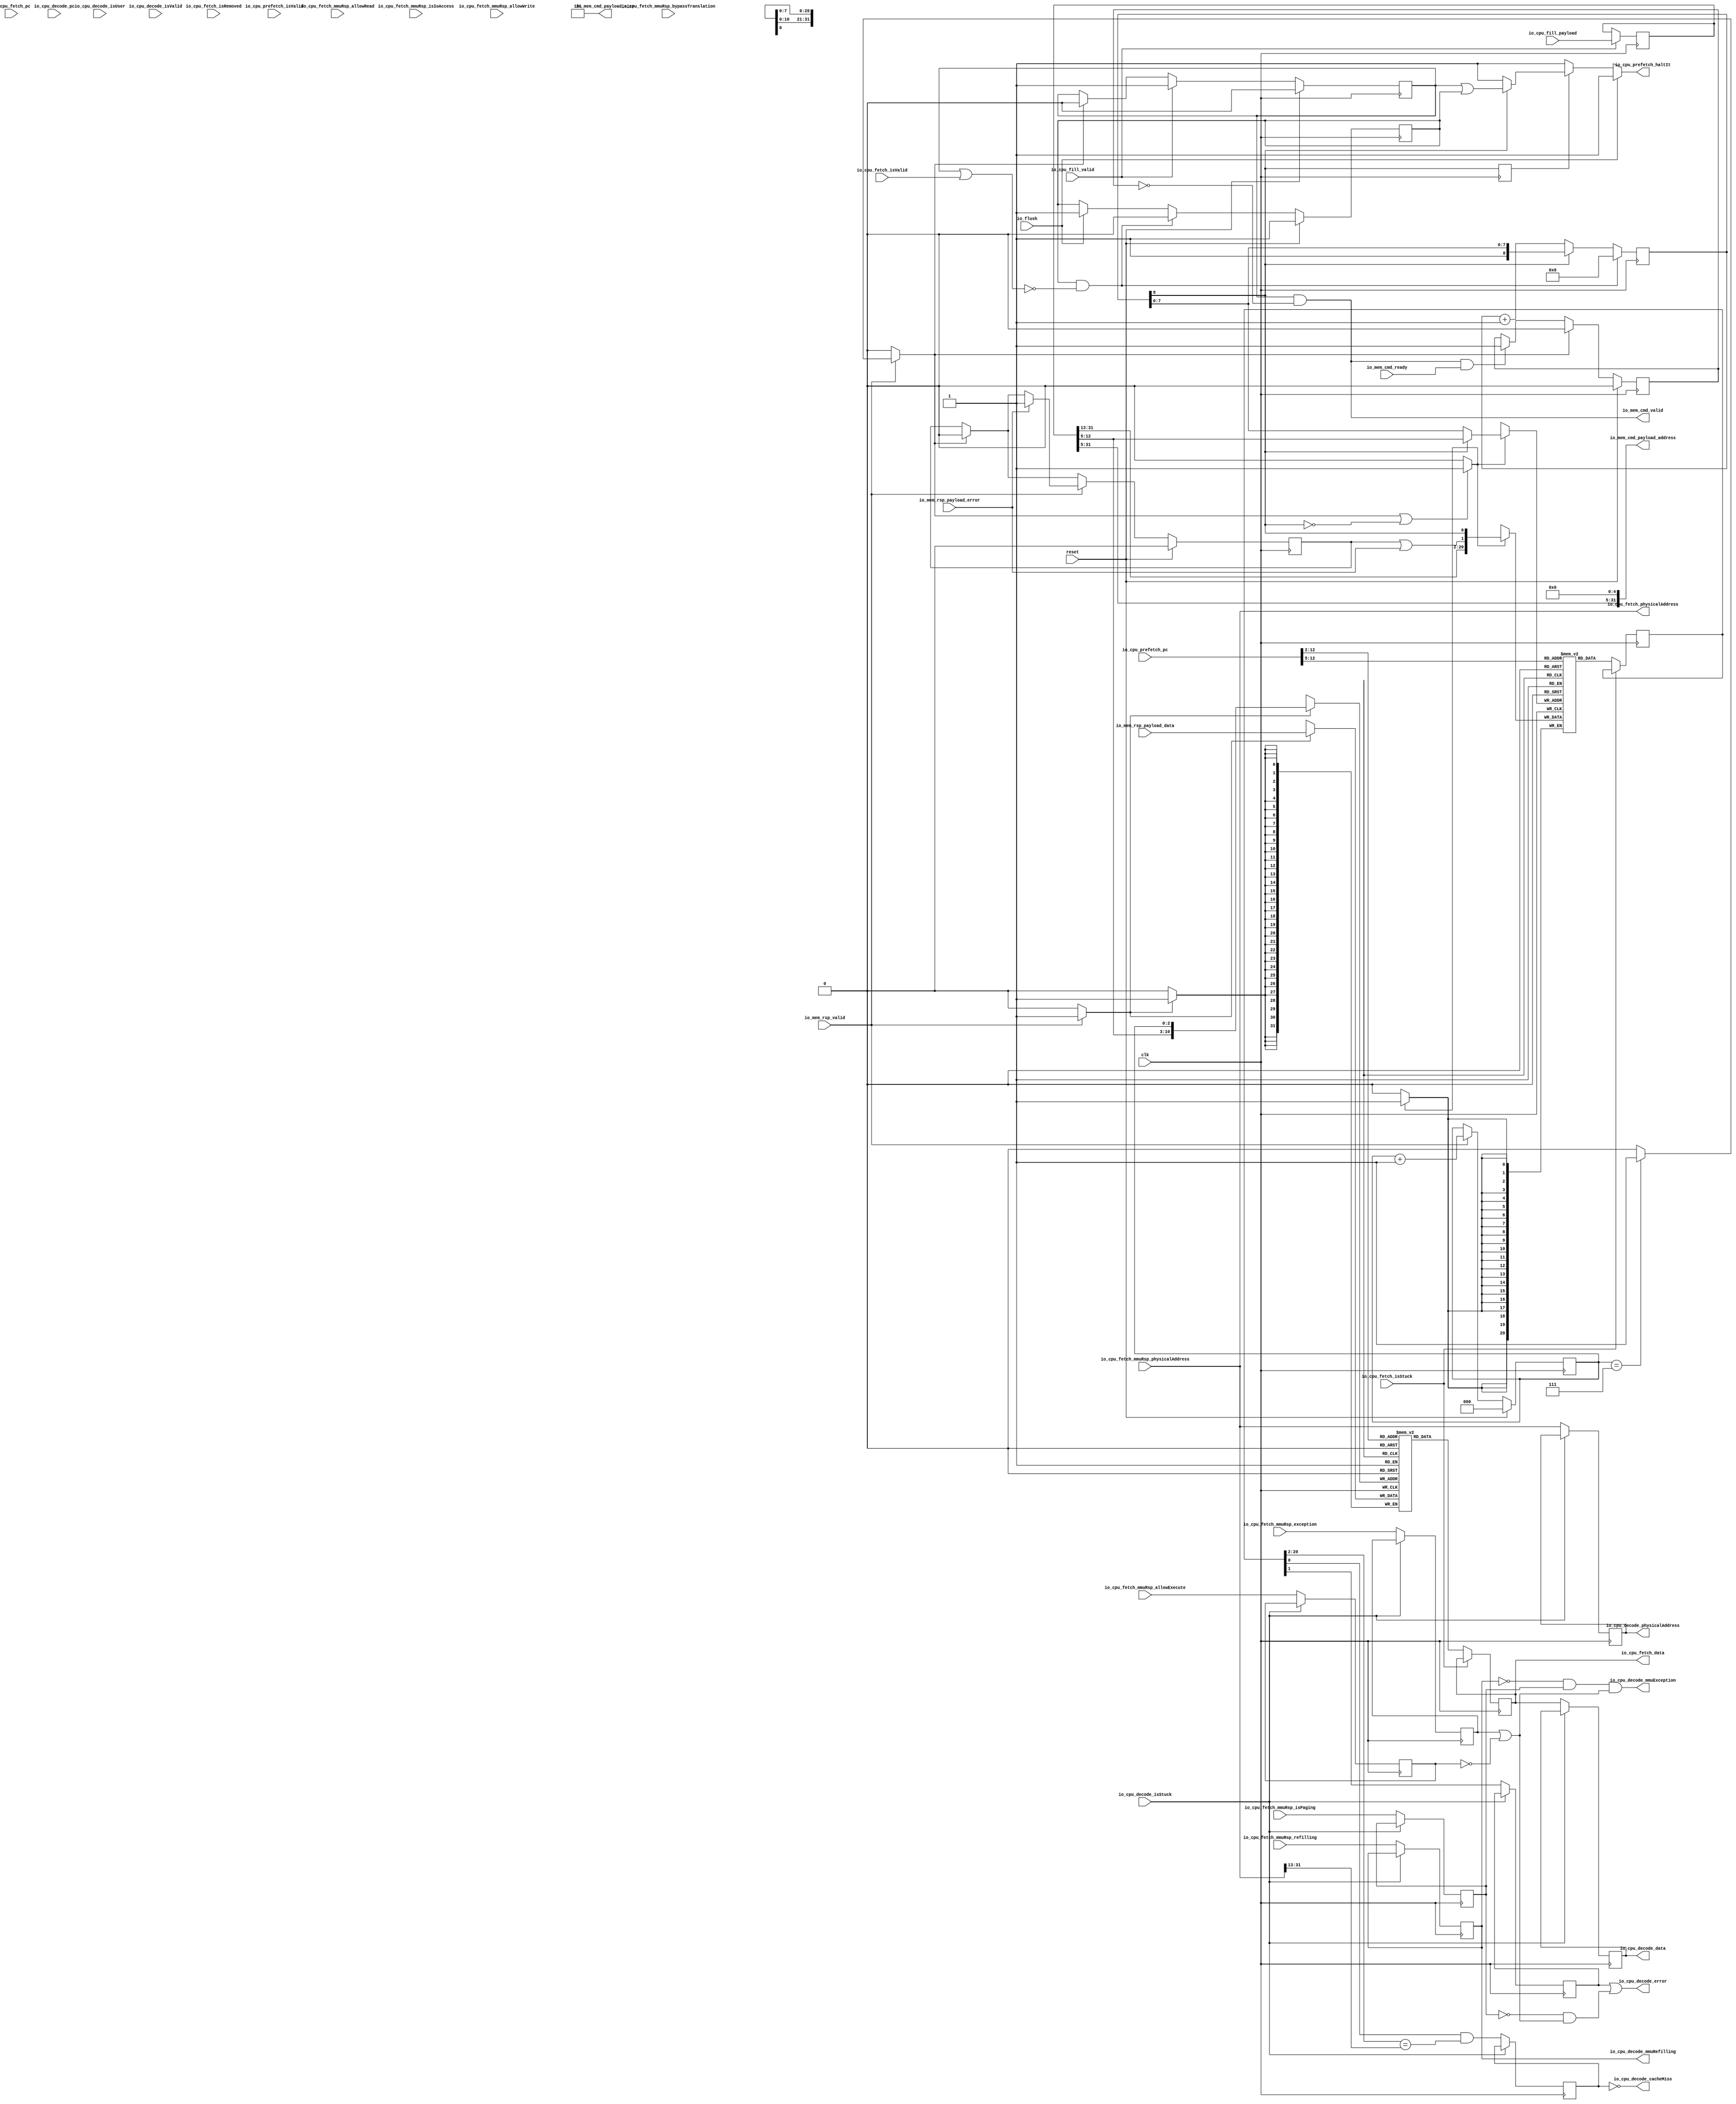
module InstructionCache (
  input               io_flush,
  input               io_cpu_prefetch_isValid,
  output reg          io_cpu_prefetch_haltIt,
  input      [31:0]   io_cpu_prefetch_pc,
  input               io_cpu_fetch_isValid,
  input               io_cpu_fetch_isStuck,
  input               io_cpu_fetch_isRemoved,
  input      [31:0]   io_cpu_fetch_pc,
  output     [31:0]   io_cpu_fetch_data,
  input      [31:0]   io_cpu_fetch_mmuRsp_physicalAddress,
  input               io_cpu_fetch_mmuRsp_isIoAccess,
  input               io_cpu_fetch_mmuRsp_isPaging,
  input               io_cpu_fetch_mmuRsp_allowRead,
  input               io_cpu_fetch_mmuRsp_allowWrite,
  input               io_cpu_fetch_mmuRsp_allowExecute,
  input               io_cpu_fetch_mmuRsp_exception,
  input               io_cpu_fetch_mmuRsp_refilling,
  input               io_cpu_fetch_mmuRsp_bypassTranslation,
  output     [31:0]   io_cpu_fetch_physicalAddress,
  input               io_cpu_decode_isValid,
  input               io_cpu_decode_isStuck,
  input      [31:0]   io_cpu_decode_pc,
  output     [31:0]   io_cpu_decode_physicalAddress,
  output     [31:0]   io_cpu_decode_data,
  output              io_cpu_decode_cacheMiss,
  output              io_cpu_decode_error,
  output              io_cpu_decode_mmuRefilling,
  output              io_cpu_decode_mmuException,
  input               io_cpu_decode_isUser,
  input               io_cpu_fill_valid,
  input      [31:0]   io_cpu_fill_payload,
  output              io_mem_cmd_valid,
  input               io_mem_cmd_ready,
  output     [31:0]   io_mem_cmd_payload_address,
  output     [2:0]    io_mem_cmd_payload_size,
  input               io_mem_rsp_valid,
  input      [31:0]   io_mem_rsp_payload_data,
  input               io_mem_rsp_payload_error,
  input               clk,
  input               reset
);
  reg        [31:0]   _zz_banks_0_port1;
  reg        [20:0]   _zz_ways_0_tags_port1;
  wire       [20:0]   _zz_ways_0_tags_port;
  reg                 _zz_1;
  reg                 _zz_2;
  reg                 lineLoader_fire;
  reg                 lineLoader_valid;
  (* keep , syn_keep *) reg        [31:0]   lineLoader_address /* synthesis syn_keep = 1 */ ;
  reg                 lineLoader_hadError;
  reg                 lineLoader_flushPending;
  reg        [8:0]    lineLoader_flushCounter;
  wire                when_InstructionCache_l338;
  reg                 _zz_when_InstructionCache_l342;
  wire                when_InstructionCache_l342;
  wire                when_InstructionCache_l351;
  reg                 lineLoader_cmdSent;
  wire                io_mem_cmd_fire;
  wire                when_Utils_l357;
  reg                 lineLoader_wayToAllocate_willIncrement;
  wire                lineLoader_wayToAllocate_willClear;
  wire                lineLoader_wayToAllocate_willOverflowIfInc;
  wire                lineLoader_wayToAllocate_willOverflow;
  (* keep , syn_keep *) reg        [2:0]    lineLoader_wordIndex /* synthesis syn_keep = 1 */ ;
  wire                lineLoader_write_tag_0_valid;
  wire       [7:0]    lineLoader_write_tag_0_payload_address;
  wire                lineLoader_write_tag_0_payload_data_valid;
  wire                lineLoader_write_tag_0_payload_data_error;
  wire       [18:0]   lineLoader_write_tag_0_payload_data_address;
  wire                lineLoader_write_data_0_valid;
  wire       [10:0]   lineLoader_write_data_0_payload_address;
  wire       [31:0]   lineLoader_write_data_0_payload_data;
  wire                when_InstructionCache_l401;
  wire       [10:0]   _zz_fetchStage_read_banksValue_0_dataMem;
  wire                _zz_fetchStage_read_banksValue_0_dataMem_1;
  wire       [31:0]   fetchStage_read_banksValue_0_dataMem;
  wire       [31:0]   fetchStage_read_banksValue_0_data;
  wire       [7:0]    _zz_fetchStage_read_waysValues_0_tag_valid;
  wire                _zz_fetchStage_read_waysValues_0_tag_valid_1;
  wire                fetchStage_read_waysValues_0_tag_valid;
  wire                fetchStage_read_waysValues_0_tag_error;
  wire       [18:0]   fetchStage_read_waysValues_0_tag_address;
  wire       [20:0]   _zz_fetchStage_read_waysValues_0_tag_valid_2;
  wire                fetchStage_hit_hits_0;
  wire                fetchStage_hit_valid;
  wire                fetchStage_hit_error;
  wire       [31:0]   fetchStage_hit_data;
  wire       [31:0]   fetchStage_hit_word;
  wire                when_InstructionCache_l435;
  reg        [31:0]   io_cpu_fetch_data_regNextWhen;
  wire                when_InstructionCache_l459;
  reg        [31:0]   decodeStage_mmuRsp_physicalAddress;
  reg                 decodeStage_mmuRsp_isIoAccess;
  reg                 decodeStage_mmuRsp_isPaging;
  reg                 decodeStage_mmuRsp_allowRead;
  reg                 decodeStage_mmuRsp_allowWrite;
  reg                 decodeStage_mmuRsp_allowExecute;
  reg                 decodeStage_mmuRsp_exception;
  reg                 decodeStage_mmuRsp_refilling;
  reg                 decodeStage_mmuRsp_bypassTranslation;
  wire                when_InstructionCache_l459_1;
  reg                 decodeStage_hit_valid;
  wire                when_InstructionCache_l459_2;
  reg                 decodeStage_hit_error;
  (* ram_style = "block" *) reg [31:0] banks_0 [0:2047];
  (* ram_style = "block" *) reg [20:0] ways_0_tags [0:255];
  assign _zz_ways_0_tags_port = {lineLoader_write_tag_0_payload_data_address,{lineLoader_write_tag_0_payload_data_error,lineLoader_write_tag_0_payload_data_valid}};
  always @(posedge clk) begin
    if(_zz_1) begin
      banks_0[lineLoader_write_data_0_payload_address] <= lineLoader_write_data_0_payload_data;
    end
  end
  always @(posedge clk) begin
    if(_zz_fetchStage_read_banksValue_0_dataMem_1) begin
      _zz_banks_0_port1 <= banks_0[_zz_fetchStage_read_banksValue_0_dataMem];
    end
  end
  always @(posedge clk) begin
    if(_zz_2) begin
      ways_0_tags[lineLoader_write_tag_0_payload_address] <= _zz_ways_0_tags_port;
    end
  end
  always @(posedge clk) begin
    if(_zz_fetchStage_read_waysValues_0_tag_valid_1) begin
      _zz_ways_0_tags_port1 <= ways_0_tags[_zz_fetchStage_read_waysValues_0_tag_valid];
    end
  end
  always @(*) begin
    _zz_1 = 1'b0;
    if(lineLoader_write_data_0_valid) begin
      _zz_1 = 1'b1;
    end
  end
  always @(*) begin
    _zz_2 = 1'b0;
    if(lineLoader_write_tag_0_valid) begin
      _zz_2 = 1'b1;
    end
  end
  always @(*) begin
    lineLoader_fire = 1'b0;
    if(io_mem_rsp_valid) begin
      if(when_InstructionCache_l401) begin
        lineLoader_fire = 1'b1;
      end
    end
  end
  always @(*) begin
    io_cpu_prefetch_haltIt = (lineLoader_valid || lineLoader_flushPending);
    if(when_InstructionCache_l338) begin
      io_cpu_prefetch_haltIt = 1'b1;
    end
    if(when_InstructionCache_l342) begin
      io_cpu_prefetch_haltIt = 1'b1;
    end
    if(io_flush) begin
      io_cpu_prefetch_haltIt = 1'b1;
    end
  end
  assign when_InstructionCache_l338 = (! lineLoader_flushCounter[8]);
  assign when_InstructionCache_l342 = (! _zz_when_InstructionCache_l342);
  assign when_InstructionCache_l351 = (lineLoader_flushPending && (! (lineLoader_valid || io_cpu_fetch_isValid)));
  assign io_mem_cmd_fire = (io_mem_cmd_valid && io_mem_cmd_ready);
  assign io_mem_cmd_valid = (lineLoader_valid && (! lineLoader_cmdSent));
  assign io_mem_cmd_payload_address = {lineLoader_address[31 : 5],5'h0};
  assign io_mem_cmd_payload_size = 3'b101;
  assign when_Utils_l357 = (! lineLoader_valid);
  always @(*) begin
    lineLoader_wayToAllocate_willIncrement = 1'b0;
    if(when_Utils_l357) begin
      lineLoader_wayToAllocate_willIncrement = 1'b1;
    end
  end
  assign lineLoader_wayToAllocate_willClear = 1'b0;
  assign lineLoader_wayToAllocate_willOverflowIfInc = 1'b1;
  assign lineLoader_wayToAllocate_willOverflow = (lineLoader_wayToAllocate_willOverflowIfInc && lineLoader_wayToAllocate_willIncrement);
  assign lineLoader_write_tag_0_valid = ((1'b1 && lineLoader_fire) || (! lineLoader_flushCounter[8]));
  assign lineLoader_write_tag_0_payload_address = (lineLoader_flushCounter[8] ? lineLoader_address[12 : 5] : lineLoader_flushCounter[7 : 0]);
  assign lineLoader_write_tag_0_payload_data_valid = lineLoader_flushCounter[8];
  assign lineLoader_write_tag_0_payload_data_error = (lineLoader_hadError || io_mem_rsp_payload_error);
  assign lineLoader_write_tag_0_payload_data_address = lineLoader_address[31 : 13];
  assign lineLoader_write_data_0_valid = (io_mem_rsp_valid && 1'b1);
  assign lineLoader_write_data_0_payload_address = {lineLoader_address[12 : 5],lineLoader_wordIndex};
  assign lineLoader_write_data_0_payload_data = io_mem_rsp_payload_data;
  assign when_InstructionCache_l401 = (lineLoader_wordIndex == 3'b111);
  assign _zz_fetchStage_read_banksValue_0_dataMem = io_cpu_prefetch_pc[12 : 2];
  assign _zz_fetchStage_read_banksValue_0_dataMem_1 = (! io_cpu_fetch_isStuck);
  assign fetchStage_read_banksValue_0_dataMem = _zz_banks_0_port1;
  assign fetchStage_read_banksValue_0_data = fetchStage_read_banksValue_0_dataMem[31 : 0];
  assign _zz_fetchStage_read_waysValues_0_tag_valid = io_cpu_prefetch_pc[12 : 5];
  assign _zz_fetchStage_read_waysValues_0_tag_valid_1 = (! io_cpu_fetch_isStuck);
  assign _zz_fetchStage_read_waysValues_0_tag_valid_2 = _zz_ways_0_tags_port1;
  assign fetchStage_read_waysValues_0_tag_valid = _zz_fetchStage_read_waysValues_0_tag_valid_2[0];
  assign fetchStage_read_waysValues_0_tag_error = _zz_fetchStage_read_waysValues_0_tag_valid_2[1];
  assign fetchStage_read_waysValues_0_tag_address = _zz_fetchStage_read_waysValues_0_tag_valid_2[20 : 2];
  assign fetchStage_hit_hits_0 = (fetchStage_read_waysValues_0_tag_valid && (fetchStage_read_waysValues_0_tag_address == io_cpu_fetch_mmuRsp_physicalAddress[31 : 13]));
  assign fetchStage_hit_valid = (fetchStage_hit_hits_0 != 1'b0);
  assign fetchStage_hit_error = fetchStage_read_waysValues_0_tag_error;
  assign fetchStage_hit_data = fetchStage_read_banksValue_0_data;
  assign fetchStage_hit_word = fetchStage_hit_data;
  assign io_cpu_fetch_data = fetchStage_hit_word;
  assign when_InstructionCache_l435 = (! io_cpu_decode_isStuck);
  assign io_cpu_decode_data = io_cpu_fetch_data_regNextWhen;
  assign io_cpu_fetch_physicalAddress = io_cpu_fetch_mmuRsp_physicalAddress;
  assign when_InstructionCache_l459 = (! io_cpu_decode_isStuck);
  assign when_InstructionCache_l459_1 = (! io_cpu_decode_isStuck);
  assign when_InstructionCache_l459_2 = (! io_cpu_decode_isStuck);
  assign io_cpu_decode_cacheMiss = (! decodeStage_hit_valid);
  assign io_cpu_decode_error = (decodeStage_hit_error || ((! decodeStage_mmuRsp_isPaging) && (decodeStage_mmuRsp_exception || (! decodeStage_mmuRsp_allowExecute))));
  assign io_cpu_decode_mmuRefilling = decodeStage_mmuRsp_refilling;
  assign io_cpu_decode_mmuException = (((! decodeStage_mmuRsp_refilling) && decodeStage_mmuRsp_isPaging) && (decodeStage_mmuRsp_exception || (! decodeStage_mmuRsp_allowExecute)));
  assign io_cpu_decode_physicalAddress = decodeStage_mmuRsp_physicalAddress;
  always @(posedge clk) begin
    if(reset) begin
      lineLoader_valid <= 1'b0;
      lineLoader_hadError <= 1'b0;
      lineLoader_flushPending <= 1'b1;
      lineLoader_cmdSent <= 1'b0;
      lineLoader_wordIndex <= 3'b000;
    end else begin
      if(lineLoader_fire) begin
        lineLoader_valid <= 1'b0;
      end
      if(lineLoader_fire) begin
        lineLoader_hadError <= 1'b0;
      end
      if(io_cpu_fill_valid) begin
        lineLoader_valid <= 1'b1;
      end
      if(io_flush) begin
        lineLoader_flushPending <= 1'b1;
      end
      if(when_InstructionCache_l351) begin
        lineLoader_flushPending <= 1'b0;
      end
      if(io_mem_cmd_fire) begin
        lineLoader_cmdSent <= 1'b1;
      end
      if(lineLoader_fire) begin
        lineLoader_cmdSent <= 1'b0;
      end
      if(io_mem_rsp_valid) begin
        lineLoader_wordIndex <= (lineLoader_wordIndex + 3'b001);
        if(io_mem_rsp_payload_error) begin
          lineLoader_hadError <= 1'b1;
        end
      end
    end
  end
  always @(posedge clk) begin
    if(io_cpu_fill_valid) begin
      lineLoader_address <= io_cpu_fill_payload;
    end
    if(when_InstructionCache_l338) begin
      lineLoader_flushCounter <= (lineLoader_flushCounter + 9'h001);
    end
    _zz_when_InstructionCache_l342 <= lineLoader_flushCounter[8];
    if(when_InstructionCache_l351) begin
      lineLoader_flushCounter <= 9'h0;
    end
    if(when_InstructionCache_l435) begin
      io_cpu_fetch_data_regNextWhen <= io_cpu_fetch_data;
    end
    if(when_InstructionCache_l459) begin
      decodeStage_mmuRsp_physicalAddress <= io_cpu_fetch_mmuRsp_physicalAddress;
      decodeStage_mmuRsp_isIoAccess <= io_cpu_fetch_mmuRsp_isIoAccess;
      decodeStage_mmuRsp_isPaging <= io_cpu_fetch_mmuRsp_isPaging;
      decodeStage_mmuRsp_allowRead <= io_cpu_fetch_mmuRsp_allowRead;
      decodeStage_mmuRsp_allowWrite <= io_cpu_fetch_mmuRsp_allowWrite;
      decodeStage_mmuRsp_allowExecute <= io_cpu_fetch_mmuRsp_allowExecute;
      decodeStage_mmuRsp_exception <= io_cpu_fetch_mmuRsp_exception;
      decodeStage_mmuRsp_refilling <= io_cpu_fetch_mmuRsp_refilling;
      decodeStage_mmuRsp_bypassTranslation <= io_cpu_fetch_mmuRsp_bypassTranslation;
    end
    if(when_InstructionCache_l459_1) begin
      decodeStage_hit_valid <= fetchStage_hit_valid;
    end
    if(when_InstructionCache_l459_2) begin
      decodeStage_hit_error <= fetchStage_hit_error;
    end
  end
endmodule